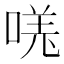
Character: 𫪾